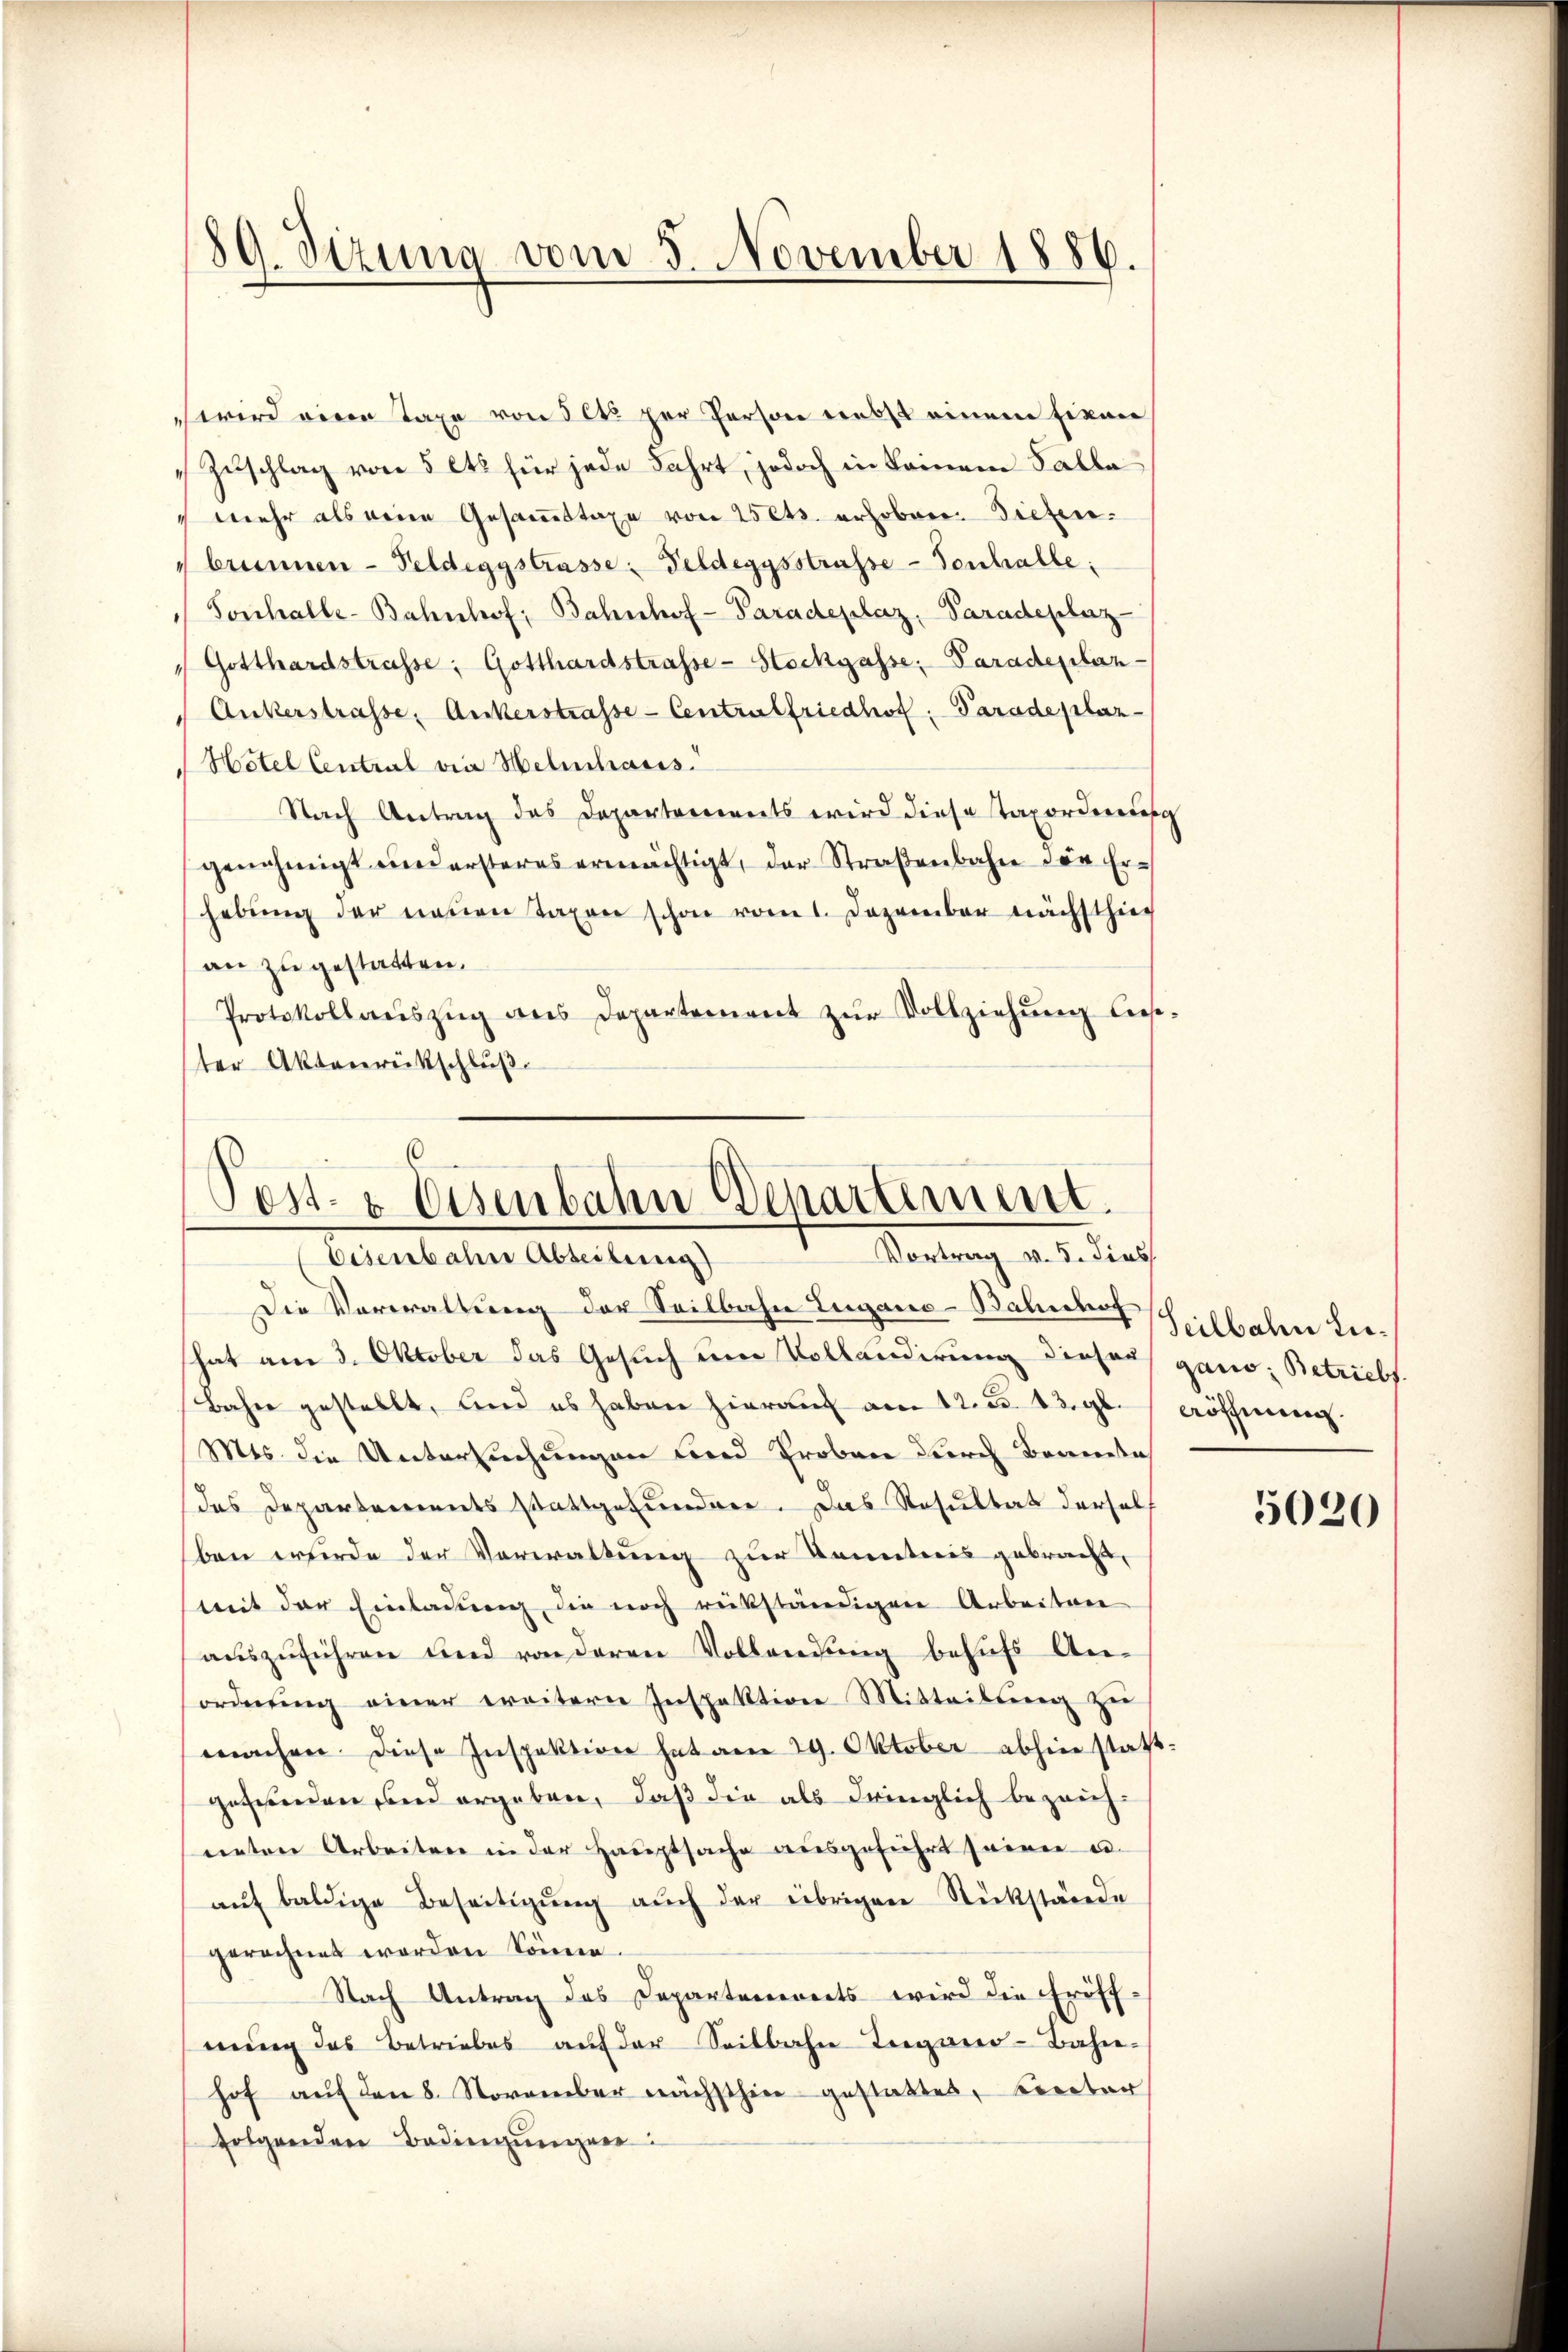
89. Sizung vom 5. November 1886.

wird veren Taxe von 50 per Person nebst einem Finan
Zuschlag von 5 lts für jede Fahrt, jedoch in keinem Falle
 mehr als eine Gesammttaxe von 25 Cts. erhoben. Diefenbrunnen- Feldeggstrasse: Feldeggsstrasse - Tonhalle:
Sonchalle-Bahnhof, Bahnhof-Paradeplaz, Paradeplaz
Gotthardstrasse: Gotthardstrasse-Stockgasse: Paradeplan-
Ankerstrasse, Ankerstrasse- Centralfriedhof. Paradeplaz
Hotel Central vier Helmhaus
Nach Antrag des Departorierets wird diese Taxorderung
genehmigt und ersteres ermächtigt, der Straßenbahn der Erhebŭng der neuen Taxen schon vom 1. Dezember nächsthier
an zugestatten.
Protokollauszug aus Departement zur Vollziehung ließter Aktenrückschluß

6
Post- & Eisenbahn Behartement.
Vortrag v. 5. dies
bisenbahne Abteilung)
Die Verwaltung der Seilbahn Lugano-Bahnhof

hat am 3. Oktober das Gesuch um Vollandirung dieser gano, Betriebs
Bahn gestellt, und es haben hieraŭf am 12. d. 23. gl. Löffenen.
Mts. die Untersuchungen und Eroben durch Brandte
das Departements stattgefunden. Das Resultat dersel
ben wurde der Verwaltung zur Kenntnis gebracht,
mit der Einladung, die noch rükständigen Arbeiten
aŭszŭführen und von deren Vollendŭng behŭfs An-
ordnung einer weitern Inspektion Mitteilung zu
machen. Diese Inspektion hat am 29. Oktober abhin stattgesehenden und ergeben, daß die als dringlich bezeich-
neten Arbeiten in der Hauptsache ausgeführt seinen u.
aŭf baldige Beseitigŭng aŭch der übrigen Rückstände
gerechnet worden könne.
Nach Antrag des Departenereits wird die Eröffnung des Betriebes auf der Seitbahn Teegarer-Bahn-
hof aŭf den 8. November nächsthier gestattet, unter
folgenden Bedingŭngen:

Seilbahn Lie¬

5020